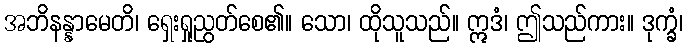
အဘိနန္နာမေတိ၊ ရှေးရှုညွတ်စေ၏။ သော၊ ထိုသူသည်။ ဣဒံ၊ ဤသည်ကား။ ဒုက္ခံ၊